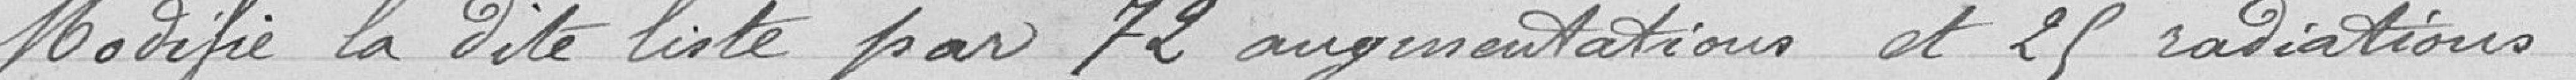
Modifie la dite liste par 72 augmentations et 25 radiations.